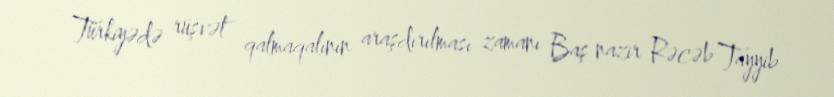
Türkiyədə rüşvət qalmaqalının araşdırılması zamanı Baş nazir Rəcəb Tayyib